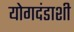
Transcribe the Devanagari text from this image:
योगदंडाशी